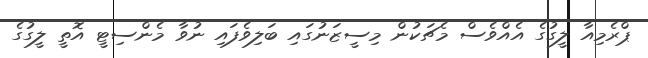
ޕްރެމިއާ ލީގުގެ އެއްވެސް މެޗަކުން މިސީޒަނުގައި ބަލިވެފައި ނުވާ މެންސިޓީ އޮތީ ލީގުގެ